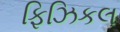
ફિઝિકલ